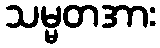
သမ္မတအား